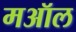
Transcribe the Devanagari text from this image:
मऑल